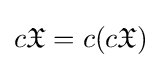
c{\mathfrak {X}}=c(c{\mathfrak {X}})